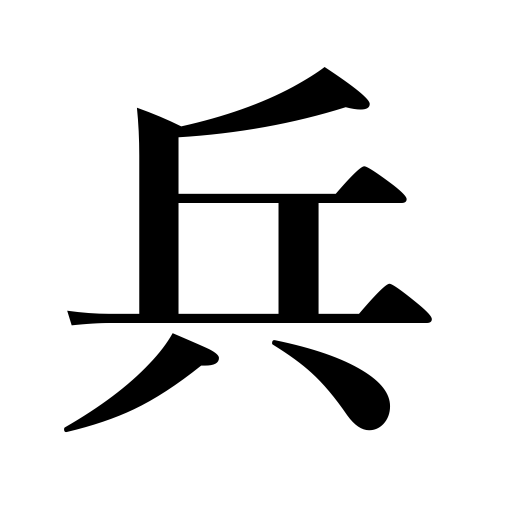
Meanings: warfare,private,soldier,troops,army,strategy,arms,tactics